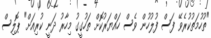
"ތުހުމަތުކުރެވޭ ފަސް ފުލުހުން ވެސް ހައްޔަރުކޮށް ތަހުގީގު މިހާރު ދަނީ ކުރިއަށް" ޕޮލިސް